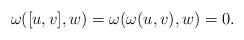
LaTeX: \begin{align*}\omega([u, v], w) = \omega(\omega(u, v), w) = 0.\end{align*}